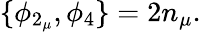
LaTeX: \{ \phi_{2_{\mu}},\phi_{4}\} =2n_{\mu}.